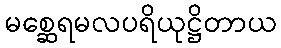
မစ္ဆေရမလပရိယုဋ္ဌိတာယ